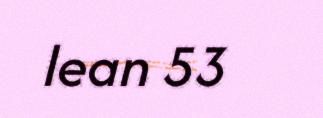
lean 53